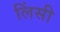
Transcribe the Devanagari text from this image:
लिंसी